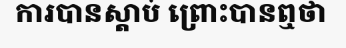
ការបានស្តាប់ ព្រោះបានឮថា